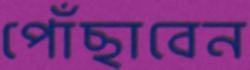
পোঁছাবেন